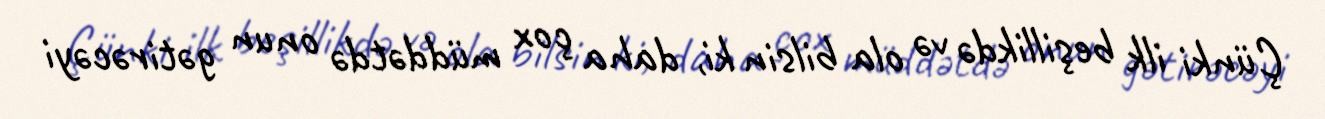
Çünki ilk beşillikdə və ola bilsin ki, daha çox müddətdə onun gətirəcəyi